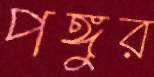
পঙ্গুর